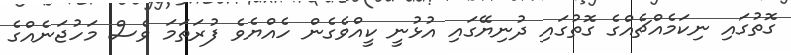
ގޮތުގައި ނިކަމެއްޗެއްގެ ގޮތުގައި ދުނިޔޭގައި އުޅުނީ ކީއްވެގެން ހެއްޔެވެ ފުރަތަމަ ވެސް މަހުޖަނެއްގެ